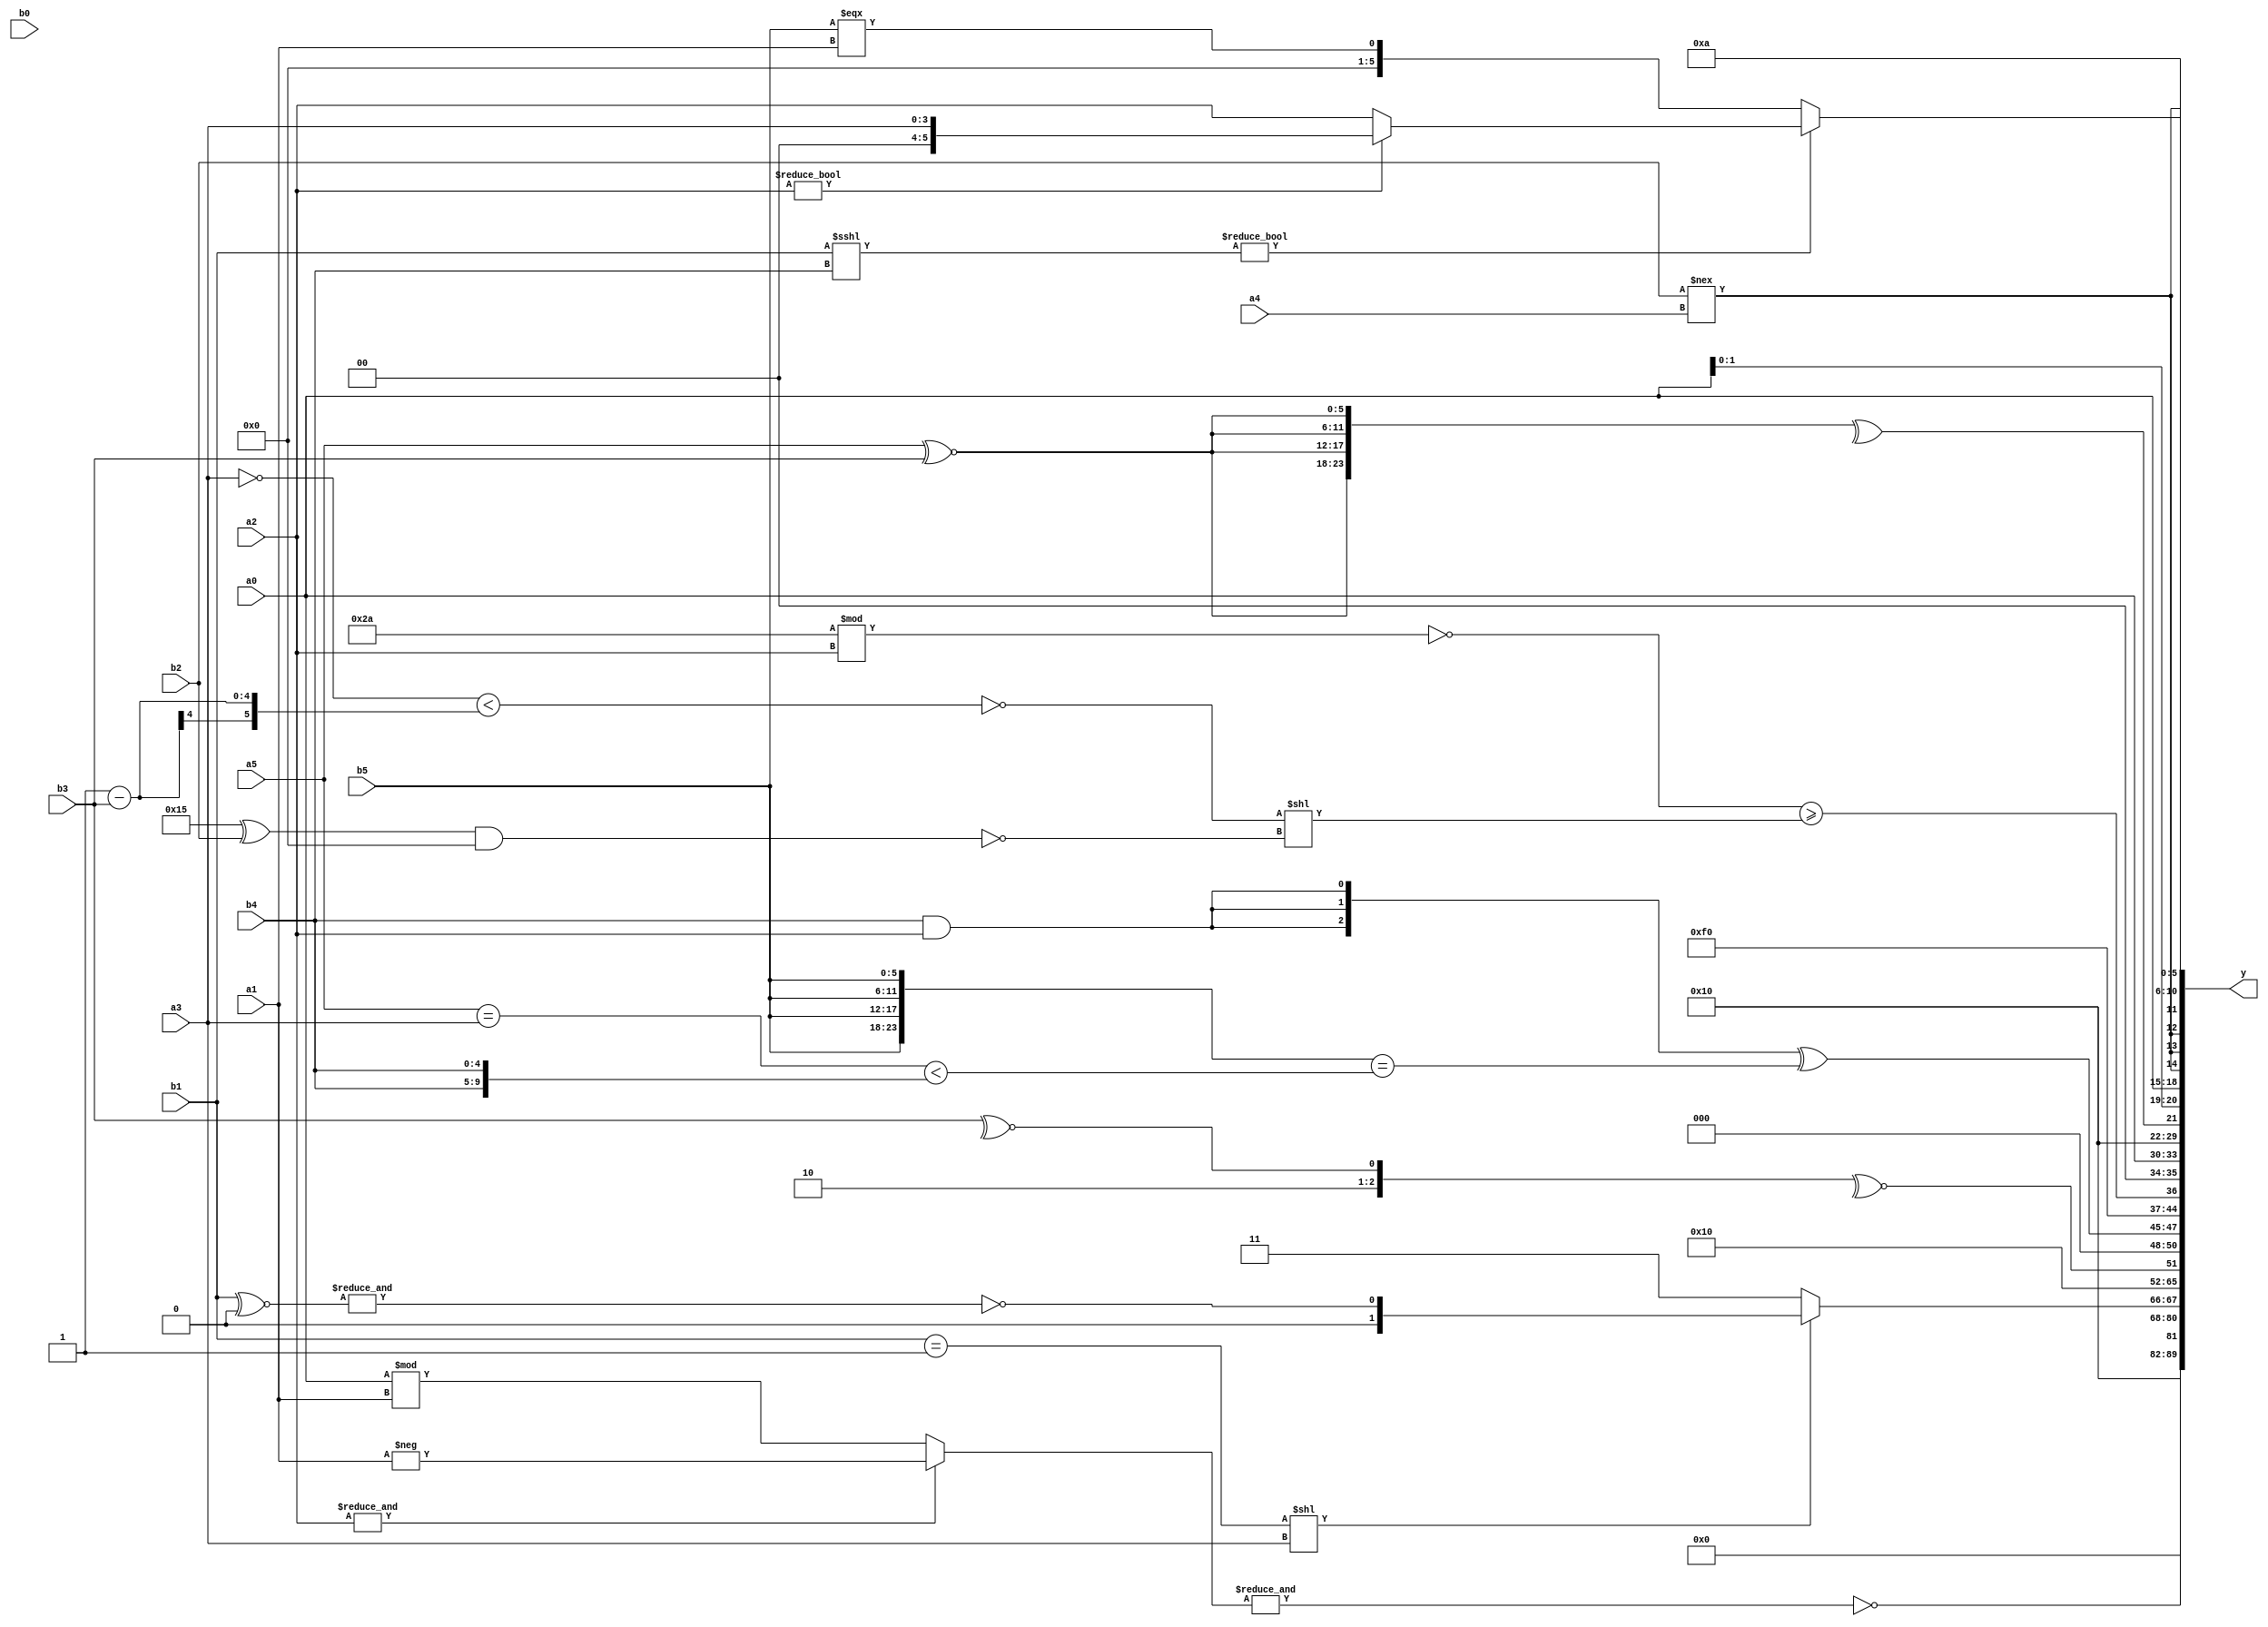
module expression_00197(a0, a1, a2, a3, a4, a5, b0, b1, b2, b3, b4, b5, y);
  input [3:0] a0;
  input [4:0] a1;
  input [5:0] a2;
  input signed [3:0] a3;
  input signed [4:0] a4;
  input signed [5:0] a5;

  input [3:0] b0;
  input [4:0] b1;
  input [5:0] b2;
  input signed [3:0] b3;
  input signed [4:0] b4;
  input signed [5:0] b5;

  wire [3:0] y0;
  wire [4:0] y1;
  wire [5:0] y2;
  wire signed [3:0] y3;
  wire signed [4:0] y4;
  wire signed [5:0] y5;
  wire [3:0] y6;
  wire [4:0] y7;
  wire [5:0] y8;
  wire signed [3:0] y9;
  wire signed [4:0] y10;
  wire signed [5:0] y11;
  wire [3:0] y12;
  wire [4:0] y13;
  wire [5:0] y14;
  wire signed [3:0] y15;
  wire signed [4:0] y16;
  wire signed [5:0] y17;

  output [89:0] y;
  assign y = {y0,y1,y2,y3,y4,y5,y6,y7,y8,y9,y10,y11,y12,y13,y14,y15,y16,y17};

  localparam [3:0] p0 = {{1{(4'd12)}},(-2'sd1)};
  localparam [4:0] p1 = (~((-2'sd0)?(-2'sd0):(-3'sd1)));
  localparam [5:0] p2 = (5'd21);
  localparam signed [3:0] p3 = (({{(2'sd0),(5'd0),(2'sd0)}}=={(-3'sd3),(2'd0),(-5'sd2)})<=(+(-3'sd1)));
  localparam signed [4:0] p4 = (!(~&(-{2{{2{{3{(3'sd2)}}}}}})));
  localparam signed [5:0] p5 = (((~&(+(-4'sd3)))>>((2'd0)?(3'd7):(2'sd0)))^~(((2'd2)<(5'd29))>>(^((2'sd1)>>(3'd6)))));
  localparam [3:0] p6 = ((({4{(3'd6)}}!==((-5'sd14)>=(4'd13)))^~(4'sd6))!==(5'sd14));
  localparam [4:0] p7 = (+(|((3'd4)?(3'd7):(2'd3))));
  localparam [5:0] p8 = (3'd1);
  localparam signed [3:0] p9 = ((3'sd3)==(-4'sd7));
  localparam signed [4:0] p10 = (&({{(4'd3),(3'd0),(5'sd14)}}<=((-5'sd0)<<(3'sd2))));
  localparam signed [5:0] p11 = ((4'sd3)^~(2'd3));
  localparam [3:0] p12 = {3{((2'sd1)?(-3'sd0):(5'd2))}};
  localparam [4:0] p13 = (-2'sd0);
  localparam [5:0] p14 = {{(2'sd1),(5'd13),(3'd7)},({4{(2'd0)}}!={1{(5'd24)}}),({3{(2'd2)}}!==((5'sd3)||(5'sd8)))};
  localparam signed [3:0] p15 = (-(((5'd2)?(4'd10):(3'sd2))?(~&((-3'sd2)?(2'd2):(3'd3))):(~&((-3'sd0)^~(4'd3)))));
  localparam signed [4:0] p16 = ((4'sd3)>>(((5'd10)>=(2'd2))?(5'd3):(-3'sd3)));
  localparam signed [5:0] p17 = {(~(-4'sd7)),((-4'sd2)!=(2'd2)),{(-5'sd2),(4'd10),(5'd22)}};

  assign y0 = ((p2<=p1)<(6'd2 * p7));
  assign y1 = (~&((~&a2)?(a0%a1):(-a1)));
  assign y2 = (2'sd0);
  assign y3 = ((|((p6&&p14)>>(p15?p1:p16)))?{{2{{4{p9}}}}}:({b4,a5}==={a0,a4}));
  assign y4 = ((~((b1==p7)<<(p4?p0:a3)))?(5'sd3):(~^(&((-3'sd2)?(b1^~p10):(~^p2)))));
  assign y5 = (2'sd0);
  assign y6 = (~|((p11?p5:b4)?(~(~(~|p5))):(b0?a5:a5)));
  assign y7 = $unsigned((~^{(+(2'd2)),(^(+(|(~^b3))))}));
  assign y8 = ({3{(b4&&a2)}}^({1{{4{b5}}}}==((a5==a3)<{2{b4}})));
  assign y9 = $signed((p1>=p9));
  assign y10 = ((~((6'd2 * p2)%a2))>=((~^((~a3)<(p8-b3)))<<(~|((p2^b2)&&(p7<<p2)))));
  assign y11 = (p3?a0:p1);
  assign y12 = (&{3{(&(!p4))}});
  assign y13 = (^{4{(a5^~b3)}});
  assign y14 = {3{$unsigned((+{2{a0}}))}};
  assign y15 = {4{(b2!==a4)}};
  assign y16 = {2{{(-(~(2'sd1)))}}};
  assign y17 = ((b1<<<b4)?(a2?a3:a2):(b5===a1));
endmodule